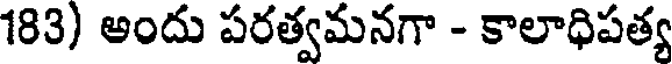
183) అందు పరత్వమనగా - కాలాధిపత్య